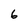
Character: 6